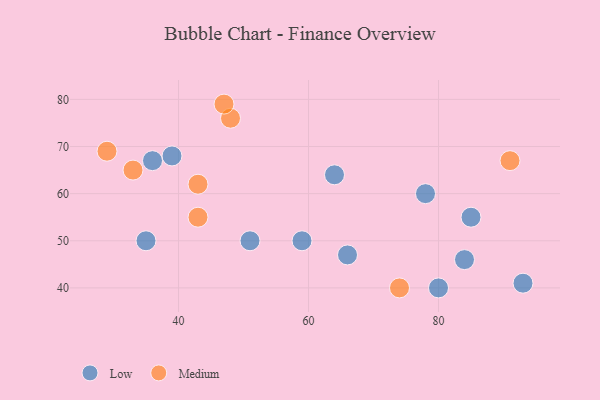
{"axis": {"x": "GDP", "y": "Life Expectancy"}, "legend": ["Low", "Medium"], "data": [{"x": "78", "y": 60, "type": "Low"}, {"x": "51", "y": 50, "type": "Low"}, {"x": "85", "y": 55, "type": "Low"}, {"x": "64", "y": 64, "type": "Low"}, {"x": "93", "y": 41, "type": "Low"}, {"x": "84", "y": 46, "type": "Low"}, {"x": "39", "y": 68, "type": "Low"}, {"x": "59", "y": 50, "type": "Low"}, {"x": "35", "y": 50, "type": "Low"}, {"x": "36", "y": 67, "type": "Low"}, {"x": "80", "y": 40, "type": "Low"}, {"x": "66", "y": 47, "type": "Low"}, {"x": "91", "y": 67, "type": "Medium"}, {"x": "74", "y": 40, "type": "Medium"}, {"x": "48", "y": 76, "type": "Medium"}, {"x": "33", "y": 65, "type": "Medium"}, {"x": "29", "y": 69, "type": "Medium"}, {"x": "43", "y": 62, "type": "Medium"}, {"x": "43", "y": 55, "type": "Medium"}, {"x": "47", "y": 79, "type": "Medium"}]}